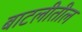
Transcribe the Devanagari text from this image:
बाटलीतील